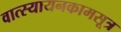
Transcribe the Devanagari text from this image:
वात्स्यायनकामसूत्र